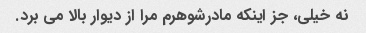
نه خیلی، جز اینکه مادرشوهرم مرا از دیوار بالا می برد.